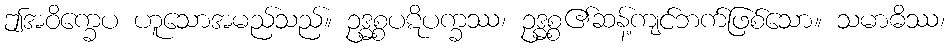
ဤအဝိက္ခေပ ဟူသောအမည်သည်။ ဥဒ္ဓစ္စပဋိပက္ခဿ၊ ဥဒ္ဓစ္စ၏ဆန့်ကျင်ဘက်ဖြစ်သော။ သမာဓိဿ၊